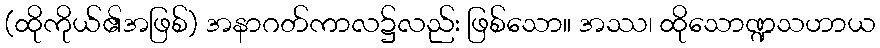
(ထိုကိုယ်၏အဖြစ်) အနာဂတ်ကာလ၌လည်း ဖြစ်သော။ အဿ၊ ထိုသောဏ္ဍသဟာယ